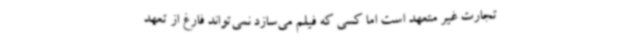
تجارت غیر متعهد است اما کسی که فیلم می‌سازد نمی‌تواند فارغ از تعهد